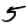
Digit: 5